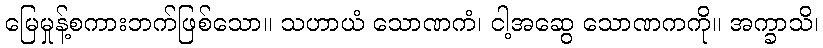
မြေမှုန့်စကားဘက်ဖြစ်သော။ သဟာယံ သောဏကံ၊ ငါ့အဆွေ သောဏကကို။ အက္ခာသိ၊